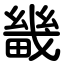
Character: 畿